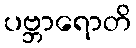
ပဗ္ဘာရောတိ